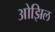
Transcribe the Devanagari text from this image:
ओझिल